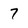
Character: 7